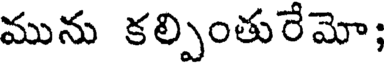
మును కల్పింతురేమో;